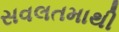
સવલતમાથી